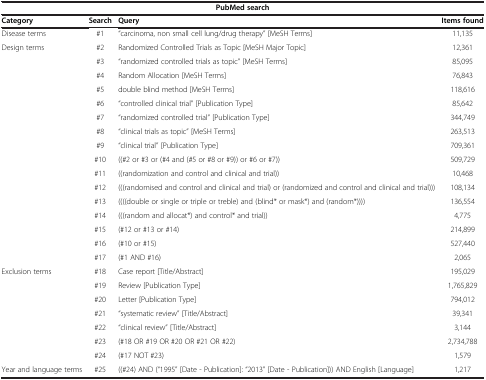
| <COLSPAN=4> PubMed search |
 | Category | Search | Query | Items found |
 | --- | --- | --- | --- |
 | Disease terms | #1 | "carcinoma, non small cell lung/drug therapy" [MeSH Terms] | 11,135 |
 | Design terms | #2 | Randomized Controlled Trials as Topic [MeSH Major Topic] | 12,361 |
 |  | #3 | "randomized controlled trials as topic" [MeSH Terms] | 85,095 |
 |  | #4 | Random Allocation [MeSH Terms] | 76,843 |
 |  | #5 | double blind method [MeSH Terms] | 118,616 |
 |  | #6 | "controlled clinical trial" [Publication Type] | 85,642 |
 |  | #7 | "randomized controlled trial" [Publication Type] | 344,749 |
 |  | #8 | "clinical trials as topic" [MeSH Terms] | 263,513 |
 |  | #9 | "clinical trial" [Publication Type] | 709,361 |
 |  | #10 | ((#2 or #3 or (#4 and (#5 or #8 or #9)) or #6 or #7)) | 509,729 |
 |  | #11 | ((randomization and control and clinical and trial)) | 10,468 |
 |  | #12 | (((randomised and control and clinical and trial) or (randomized and control and clinical and trial))) | 108,134 |
 |  | #13 | ((((double or single or triple or treble) and (blind* or mask*) and (random*)))) | 136,554 |
 |  | #14 | (((random and allocat*) and control* and trial)) | 4,775 |
 |  | #15 | (#12 or #13 or #14) | 214,899 |
 |  | #16 | (#10 or #15) | 527,440 |
 |  | #17 | (#1 AND #16) | 2,065 |
 | Exclusion terms | #18 | Case report [Title/Abstract] | 195,029 |
 |  | #19 | Review [Publication Type] | 1,765,829 |
 |  | #20 | Letter [Publication Type] | 794,012 |
 |  | #21 | "systematic review" [Title/Abstract] | 39,341 |
 |  | #22 | "clinical review" [Title/Abstract] | 3,144 |
 |  | #23 | (#18 OR #19 OR #20 OR #21 OR #22) | 2,734,788 |
 |  | #24 | (#17 NOT #23) | 1,579 |
 | Year and language terms | #25 | ((#24) AND ("1995" [Date - Publication]: "2013" [Date - Publication])) AND English [Language] | 1,217 |